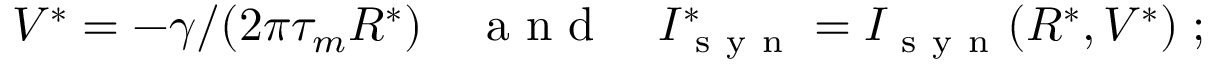
V ^ { * } = - \gamma / ( 2 \pi \tau _ { m } R ^ { * } ) \quad \mathrm { ~ a ~ n ~ d ~ } \quad I _ { \mathrm { ~ s ~ y ~ n ~ } } ^ { * } = I _ { \mathrm { ~ s ~ y ~ n ~ } } ( R ^ { * } , V ^ { * } ) \; ;